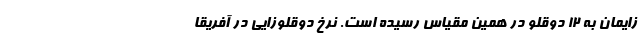
زایمان به 12 دوقلو در همین مقیاس رسیده است. نرخ دوقلوزایی در آفریقا